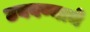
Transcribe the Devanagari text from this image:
उबवण्याचे